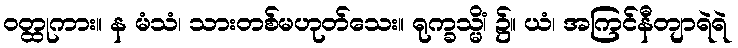
ဝတ္ထုကား။ န မံသံ၊ သားတစ်မဟုတ်သေး။ ရုက္ခသ္မိံ၊ ၌။ ယံ၊ အကြင်နီတျာရဲရဲ